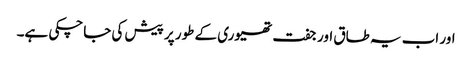
اور اب یہ طاق اور جفت تھیوری کے طور پر پیش کی جاچکی ہے۔